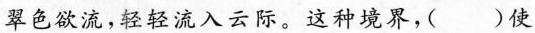
翠色欲流，轻轻流入云际。这种境界，( )使